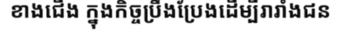
ខាងជើង ក្នុងកិច្ចប្រឹងប្រែងដើម្បីរារាំងជន